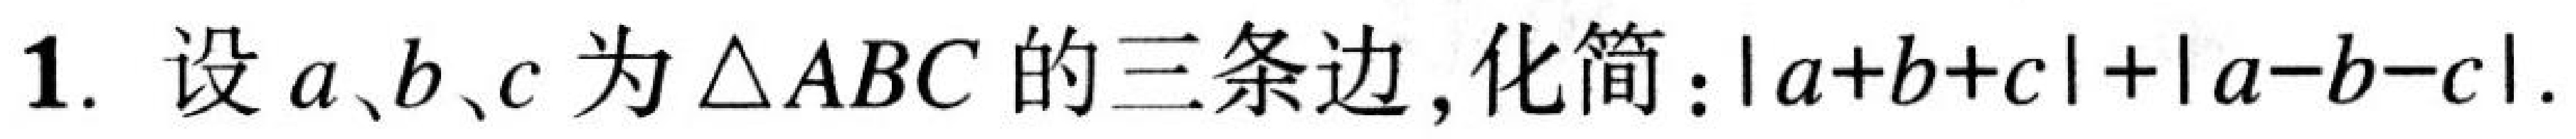
1. 设\(a、b、c\)为\(\triangle ABC\)的三条边, 化简：\(\vert a + b + c\vert+\vert a - b - c\vert\).